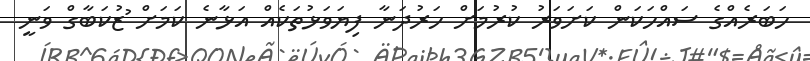
ހަބަރެއްގެ ސައްހަކަން ކަށަވަރު ކުރުމަށް ހަރުދަނާ ފިޔަވަޅުތަކެއް އަޅާނެ ކަމަށް ުޒުކަބާގް ވަނީ